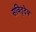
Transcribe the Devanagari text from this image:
सवितृदेव